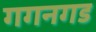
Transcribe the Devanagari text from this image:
गगनगड